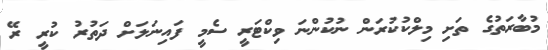
މުބާރަތުގެ ތަށި މިލްކުކުރަން ނުކުންނަ ވިކްޓަރީ ސެމީ ފައިނަލަށް ދަތުރު ކުރީ ރޭ